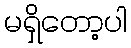
မရှိတော့ပါ